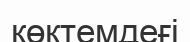
көктемдеғі